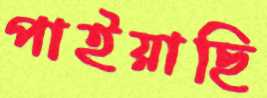
পাইয়াছি